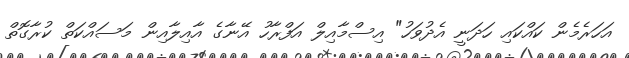
އަހަރެމެން ކައްކައި ހަދަނީ އެދުވަހު" އިސްމާއިލް އަފްރާހު އޭނާގެ އާއިލާއިން މަސައްކަތް ކުރާގޮތް